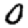
Digit: 0